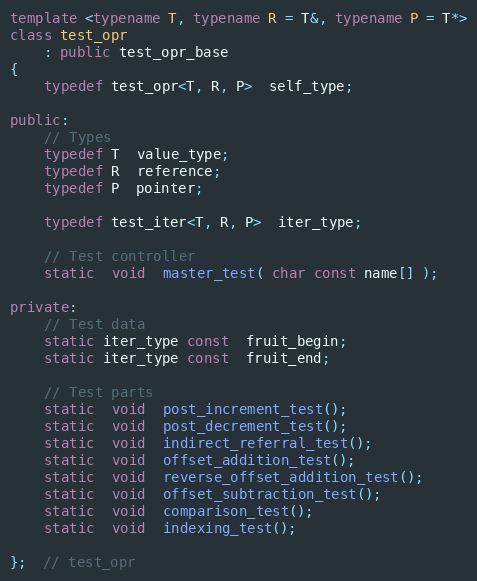
Language: C++
template <typename T, typename R = T&, typename P = T*>
class test_opr
    : public test_opr_base
{
    typedef test_opr<T, R, P>  self_type;

public:
    // Types
    typedef T  value_type;
    typedef R  reference;
    typedef P  pointer;

    typedef test_iter<T, R, P>  iter_type;

    // Test controller
    static  void  master_test( char const name[] );

private:
    // Test data
    static iter_type const  fruit_begin;
    static iter_type const  fruit_end;

    // Test parts
    static  void  post_increment_test();
    static  void  post_decrement_test();
    static  void  indirect_referral_test();
    static  void  offset_addition_test();
    static  void  reverse_offset_addition_test();
    static  void  offset_subtraction_test();
    static  void  comparison_test();
    static  void  indexing_test();

};  // test_opr